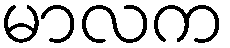
မာလက